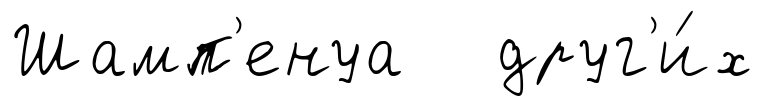
Шамп'енуа друг'и́х